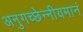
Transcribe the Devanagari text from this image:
अनुगच्छेन्नीयमानं